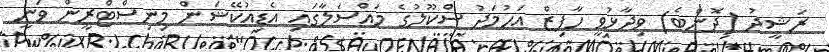
ރަޝީދު (ދޮންބެ) ވިދާޅުވީ ހާފިޒް އަހުމަދު ސްކޫލުގެ މައްސަލާގައި އެޑިއުކޭޝަން މިނިސްޓްރީން ވަނީ